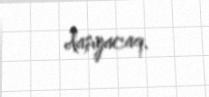
daşıyacaq.